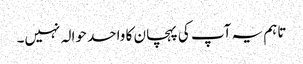
تاہم یہ آپ کی پہچان کا واحد حوالہ نہیں۔